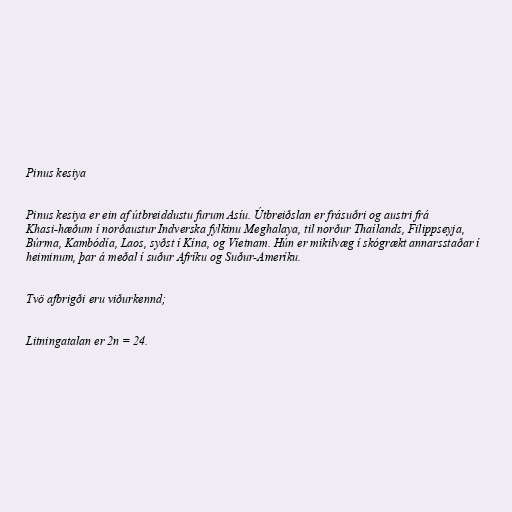
Pinus kesiya

Pinus kesiya er ein af útbreiddustu furum Asíu. Útbreiðslan er frásuðri og austri frá
Khasi-hæðum í norðaustur Indverska fylkinu Meghalaya, til norður Thaílands, Filippseyja,
Búrma, Kambódía, Laos, syðst í Kína, og Víetnam. Hún er mikilvæg í skógrækt annarsstaðar í
heiminum, þar á meðal í suður Afríku og Suður-Ameríku.

Tvö afbrigði eru viðurkennd;

Litningatalan er 2n = 24.